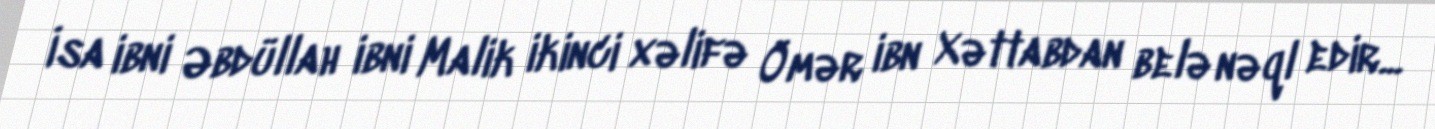
İsa ibni Əbdüllah ibni Malik ikinci xəlifə Ömər ibn Xəttabdan belə nəql edir...